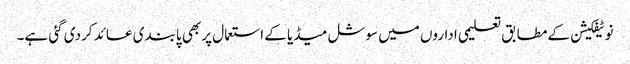
نوٹیفکیشن کے مطابق تعلیمی اداروں میں سوشل میڈیا کے استعمال پر بھی پابندی عائد کردی گئی ہے۔